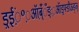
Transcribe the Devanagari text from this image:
ड़्ईं़॰़ऑब़्ँँँङ्ः़ऑड़्फ्ङीऊङ्ञ्